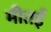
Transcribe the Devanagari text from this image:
मीतई